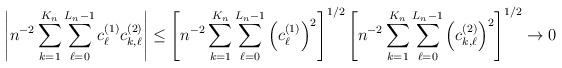
LaTeX: \begin{align*} \left| n^{-2} \sum_{k=1}^{K_n} \sum_{\ell=0}^{L_n-1} c^{(1)}_{\ell} c^{(2)}_{k,\ell} \right| \leq \left[ n^{-2} \sum_{k=1}^{K_n} \sum_{\ell=0}^{L_n-1} \left( c^{(1)}_{\ell} \right)^2 \right]^{1/2} \left[ n^{-2} \sum_{k=1}^{K_n} \sum_{\ell=0}^{L_n-1} \left( c^{(2)}_{k,\ell} \right)^2 \right]^{1/2} \to 0 \end{align*}